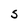
Character: S